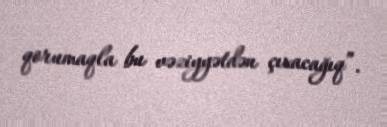
qorumaqla bu vəziyyətdən çıxacağıq”.